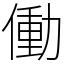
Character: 働